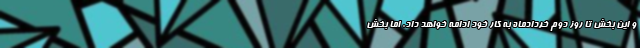
و این بخش تا روز دوم خردادماه به کار خود ادامه خواهد داد. اما بخش